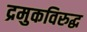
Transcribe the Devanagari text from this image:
द्रमुकविरुद्ध